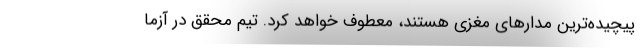
پیچیده‌ترین مدارهای مغزی هستند، معطوف خواهد کرد. تیم محقق در آزما